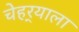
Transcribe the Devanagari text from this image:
चेहर्‍याला